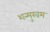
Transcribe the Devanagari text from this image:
शन्मुखम